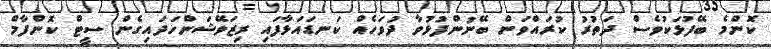
ކޮންމެ ބޭފުޅަކުވެސް ދަތުރު ކުރައްވަން ބޭނުންފުޅުވާ ދުވަހެއް ކަނޑައަޅާފައި ރިޒަވޭޝަންހަދައިގެން ސީޓް ކޮންފާމް